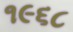
૧૯૬૮